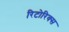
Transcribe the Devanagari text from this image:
रिटोरिक्स